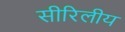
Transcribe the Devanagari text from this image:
सीरिलीय